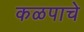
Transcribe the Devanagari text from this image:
कळपाचे